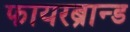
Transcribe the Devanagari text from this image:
फायरब्रान्ड